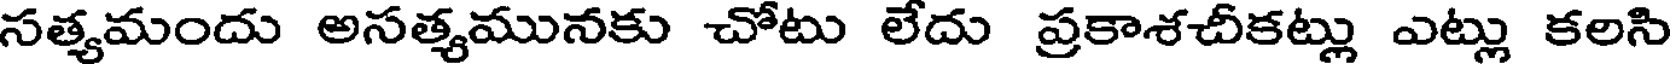
సత్యమందు అసత్యమునకు చోటు లేదు ప్రకాశచీకట్లు ఎట్లు కలసి